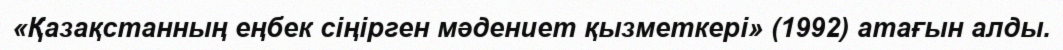
«Қазақстанның еңбек сіңірген мәдениет қызметкері» (1992) атағын алды.